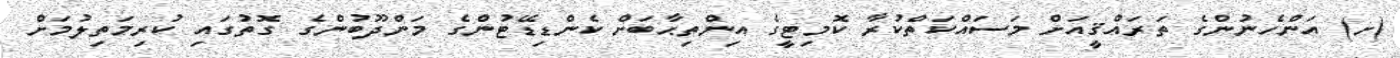
(ށ) އަންހެނުންގެ ތަރައްޤީއަށް މަސައްކަތްކުރާ ކޮމިޓީގެ އިންތިޙާބަށް ކެންޑިޑޭޓުންގެ މަންދޫބުންގެ ގޮތުގައި ކުރިމަތިލުމަށް